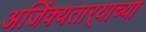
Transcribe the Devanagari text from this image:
अजिंक्यतार्‍याच्या